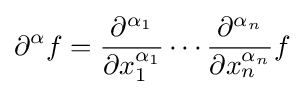
\partial ^{\alpha }f={\frac {\partial ^{\alpha _{1}}}{\partial x_{1}^{\alpha _{1}}}}\cdots {\frac {\partial ^{\alpha _{n}}}{\partial x_{n}^{\alpha _{n}}}}f